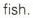
fish.